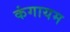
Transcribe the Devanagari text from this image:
कंगायम